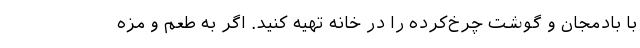
با بادمجان و گوشت چرخ‌کرده را در خانه تهیه کنید. اگر به طعم و مزه